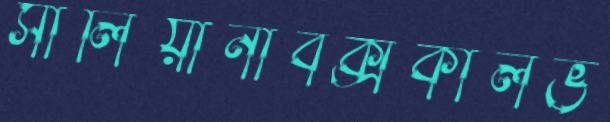
সালিয়ানাবক্সকালভ